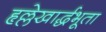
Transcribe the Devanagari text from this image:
हृल्लेखार्द्धभूता